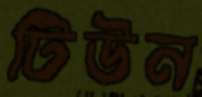
টিউন